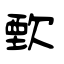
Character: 歅